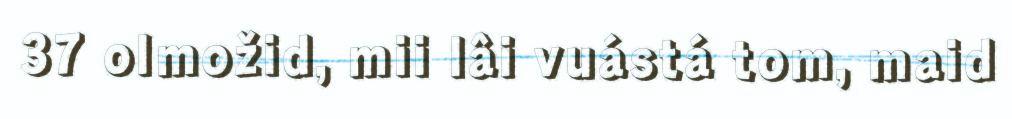
37 olmožid, mii lâi vuástá tom, maid